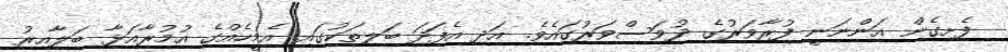
ފެށިގެން އަންނަނީ ފުރާވަރުގެ ދުވަސްވަރުގައެވެ. އަދި އެފަދަ ބަލިތަކުގައި އެމީހެއްގެ އުމުރާއަޅާ ބަލާއިރު